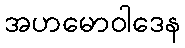
အဟမောဝါဒေန